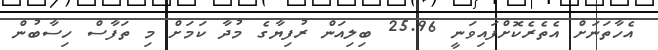
އެހާތަނަށް އެތެރެކޮށްފައިވަނީ 25.96 ބިލިއަން ރުފިޔާގެ މުދާ ކަމަށް މި ތަފާސް ހިސާބުން